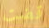
قضت